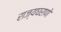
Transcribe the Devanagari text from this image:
राज्यघराणे